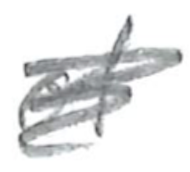
Text: of
Cross-out: mix
Writing tool: pencil